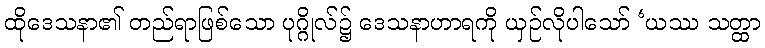
ထိုဒေသနာ၏ တည်ရာဖြစ်သော ပုဂ္ဂိုလ်၌ ဒေသနာဟာရကို ယှဉ်လိုပါသော် ‘ယဿ သတ္ထာ